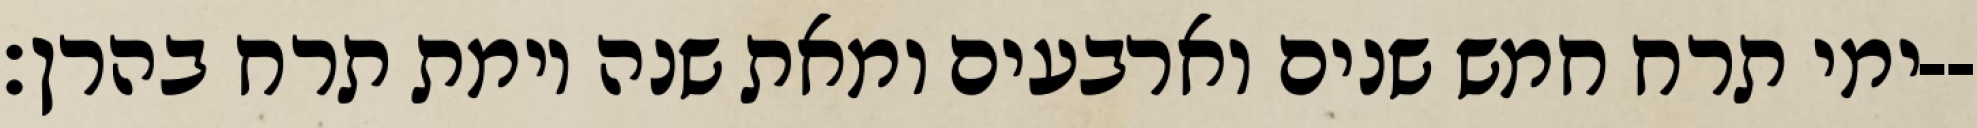
ימי תרח חמש שנים וארבעים ומאת שנה וימת תרח בהרן׃--